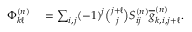
\begin{array} { r l } { \Phi _ { k \ell } ^ { ( n ) } } & { { } = \sum _ { i , j } ( - 1 ) ^ { j } \binom { j + \ell } { j } S _ { i j } ^ { ( n ) } \overline { { g } } _ { k , i , j + \ell } ^ { ( n ) } . } \end{array}